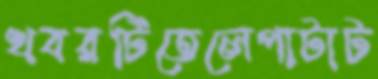
খবরটিতেলেপাটাট